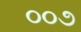
૦૦૭